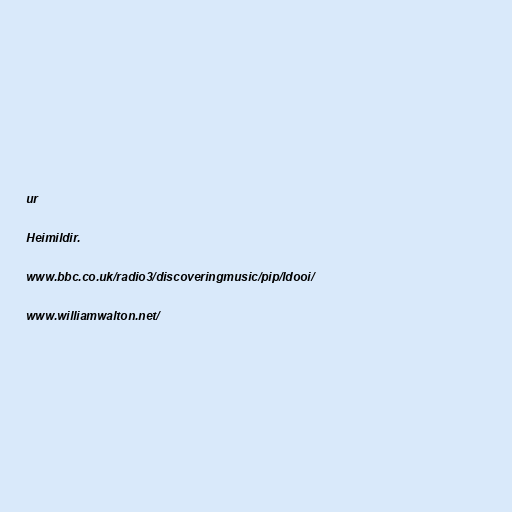
ur

Heimildir.

www.bbc.co.uk/radio3/discoveringmusic/pip/ldooi/

www.williamwalton.net/